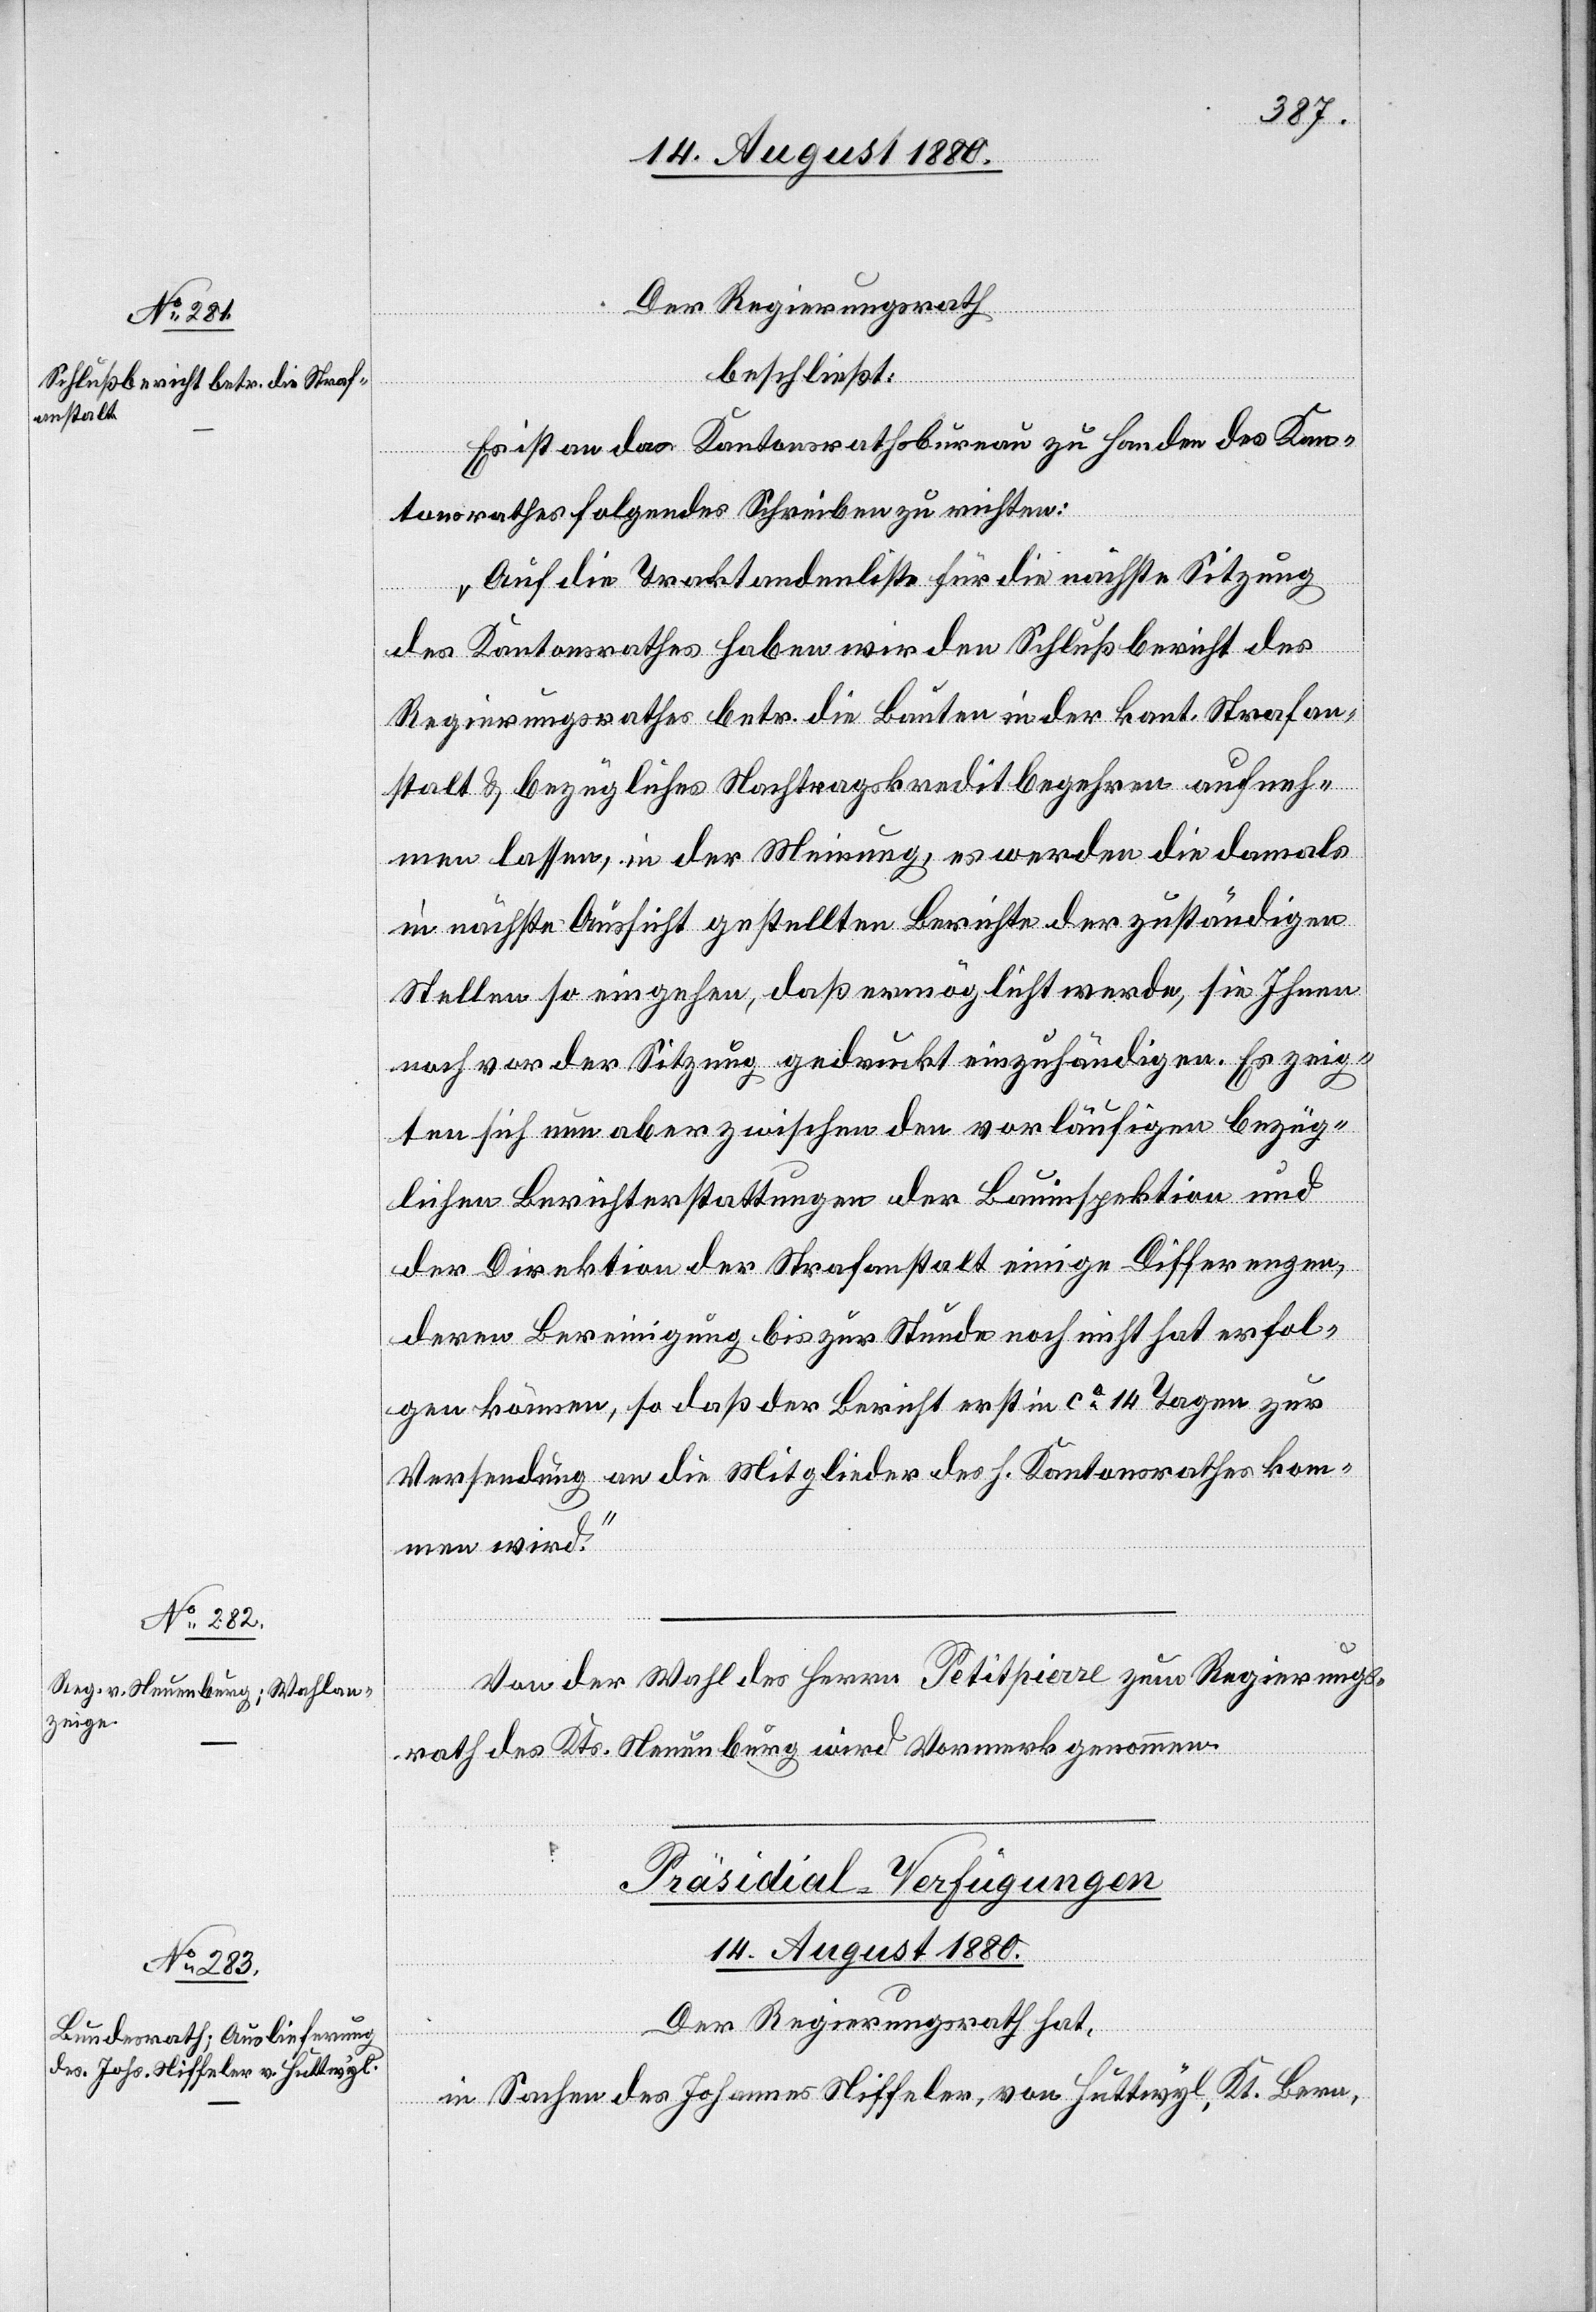
Der Regierungsrath
beschließt:
Es ist an das Kantonsrathsbureau zu Handen des Kan¬
tonsrathes folgendes Schreiben zu richten:
„Auf die Traktandenliste für die nächste Sitzung
des Kantonsrathes haben wir den Schlußbericht des
Regierungsrathes betr. die Bauten in der kant. Strafan¬
stalt & bezügliches Nachtragskreditbegehren aufneh¬
men lassen, in der Meinung, es werden die damals
in nächste Aussicht gestellten Berichte der zuständigen
Stellen so eingehen, daß ermöglicht werde, sie Ihnen
noch vor der Sitzung gedruckt einzuhändigen. Es zeig¬
ten sich nun aber zwischen den vorläufigen bezüg¬
lichen Berichterstattungen der Bauinspektion und
der Direktion der Strafanstalt einige Differenzen,
deren Bereinigung bis zur Stunde noch nicht hat erfol¬
gen können, so daß der Bericht erst in ca 14 Tagen zur
Versendung an die Mitglieder des h. Kantonsrathes kom¬
men wird.“
Von der Wahl des Herren Petitpierre zum Regierungs¬
rath des Kts. Neuenburg wird Vormerk genommen.
Präsidial-Verfügungen
14. August 1880.
Der Regierungsrath hat,
in Sachen des Johannes Niffeler, von Huttwyl, Kt. Bern,